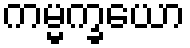
ကမ္မက္ခယော